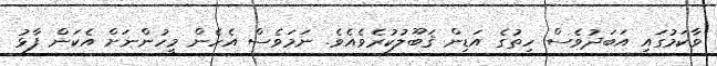
ވާކަމުގައި އަބަދުވެސް ހިތުގެ އަޑިން ޤަބޫލުކުރެވެއެވެ. ނަމަވެސް އެހެން މީހުންނަށް އެކަން ފާޅު